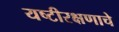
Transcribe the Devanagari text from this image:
यष्टीरक्षणाचे